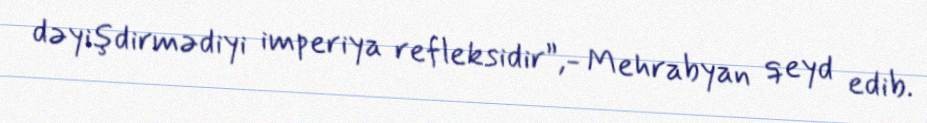
dəyişdirmədiyi imperiya refleksidir”,- Mehrabyan qeyd edib.